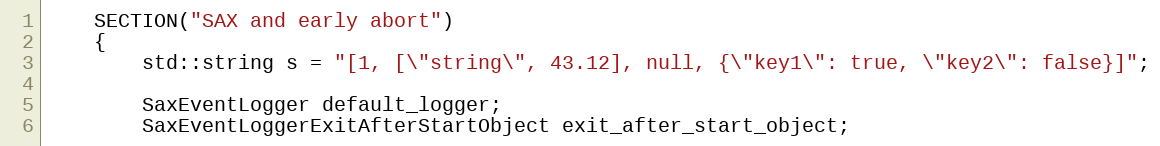
Language: C++
    SECTION("SAX and early abort")
    {
        std::string s = "[1, [\"string\", 43.12], null, {\"key1\": true, \"key2\": false}]";

        SaxEventLogger default_logger;
        SaxEventLoggerExitAfterStartObject exit_after_start_object;